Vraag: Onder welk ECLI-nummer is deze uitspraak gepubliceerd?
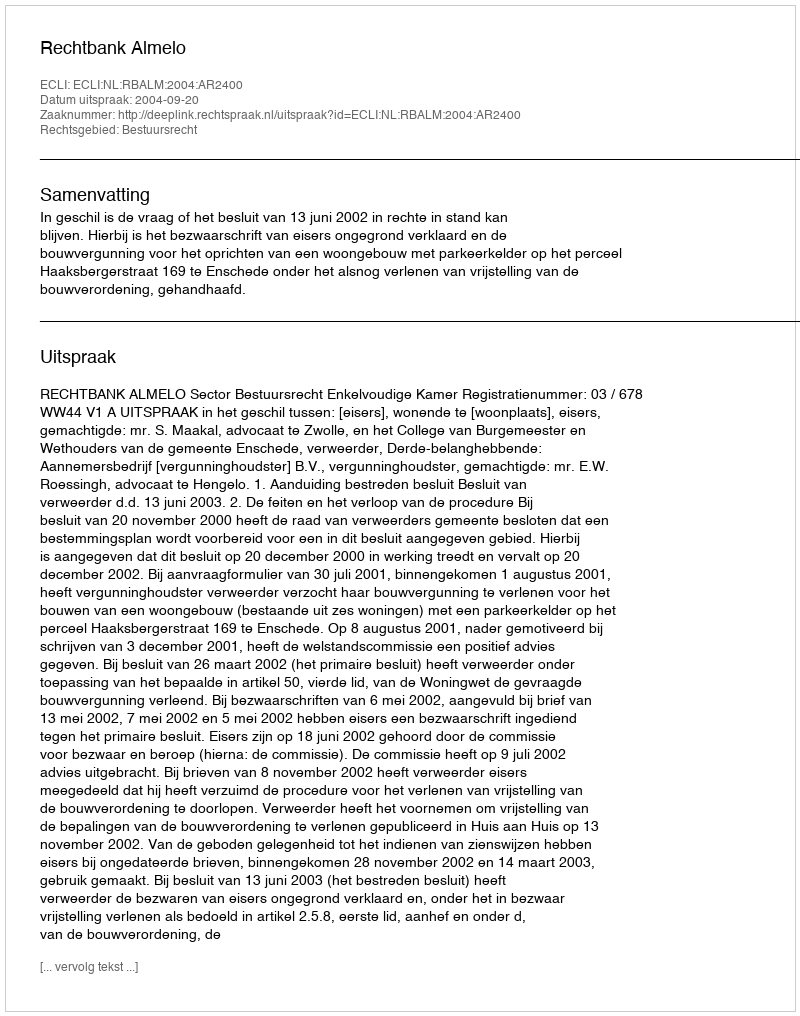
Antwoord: ECLI:NL:RBALM:2004:AR2400